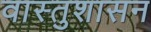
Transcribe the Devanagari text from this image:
वास्तुशासन